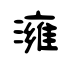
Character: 澭